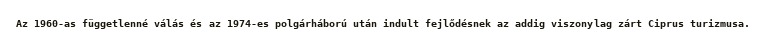
Az 1960-as függetlenné válás és az 1974-es polgárháború után indult fejlődésnek az addig viszonylag zárt Ciprus turizmusa.